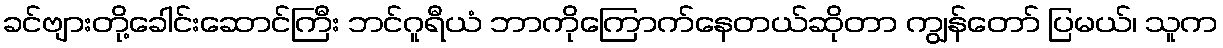
ခင်ဗျားတို့ခေါင်းဆောင်ကြီး ဘင်ဂူရီယံ ဘာကိုကြောက်နေတယ်ဆိုတာ ကျွန်တော် ပြမယ်၊ သူက